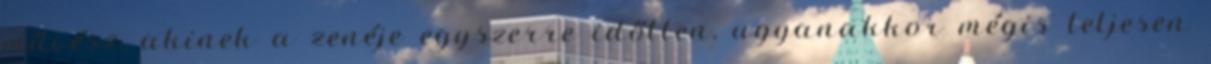
művész, akinek a zenéje egyszerre időtlen, ugyanakkor mégis teljesen